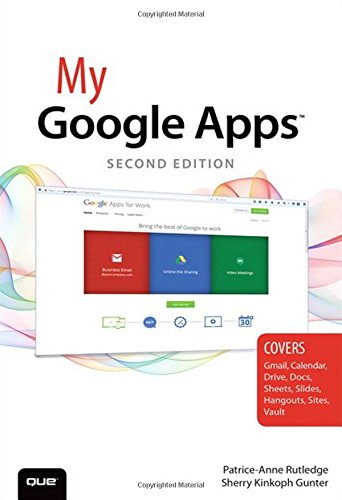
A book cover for My Google Apps (2nd Edition); Patrice-Anne Rutledge; Computers & Technology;